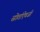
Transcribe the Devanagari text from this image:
स्रोतांऐवजी